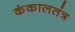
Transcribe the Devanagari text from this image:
कंकालतंत्र